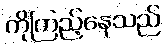
ကိုကြည့်နေသည်